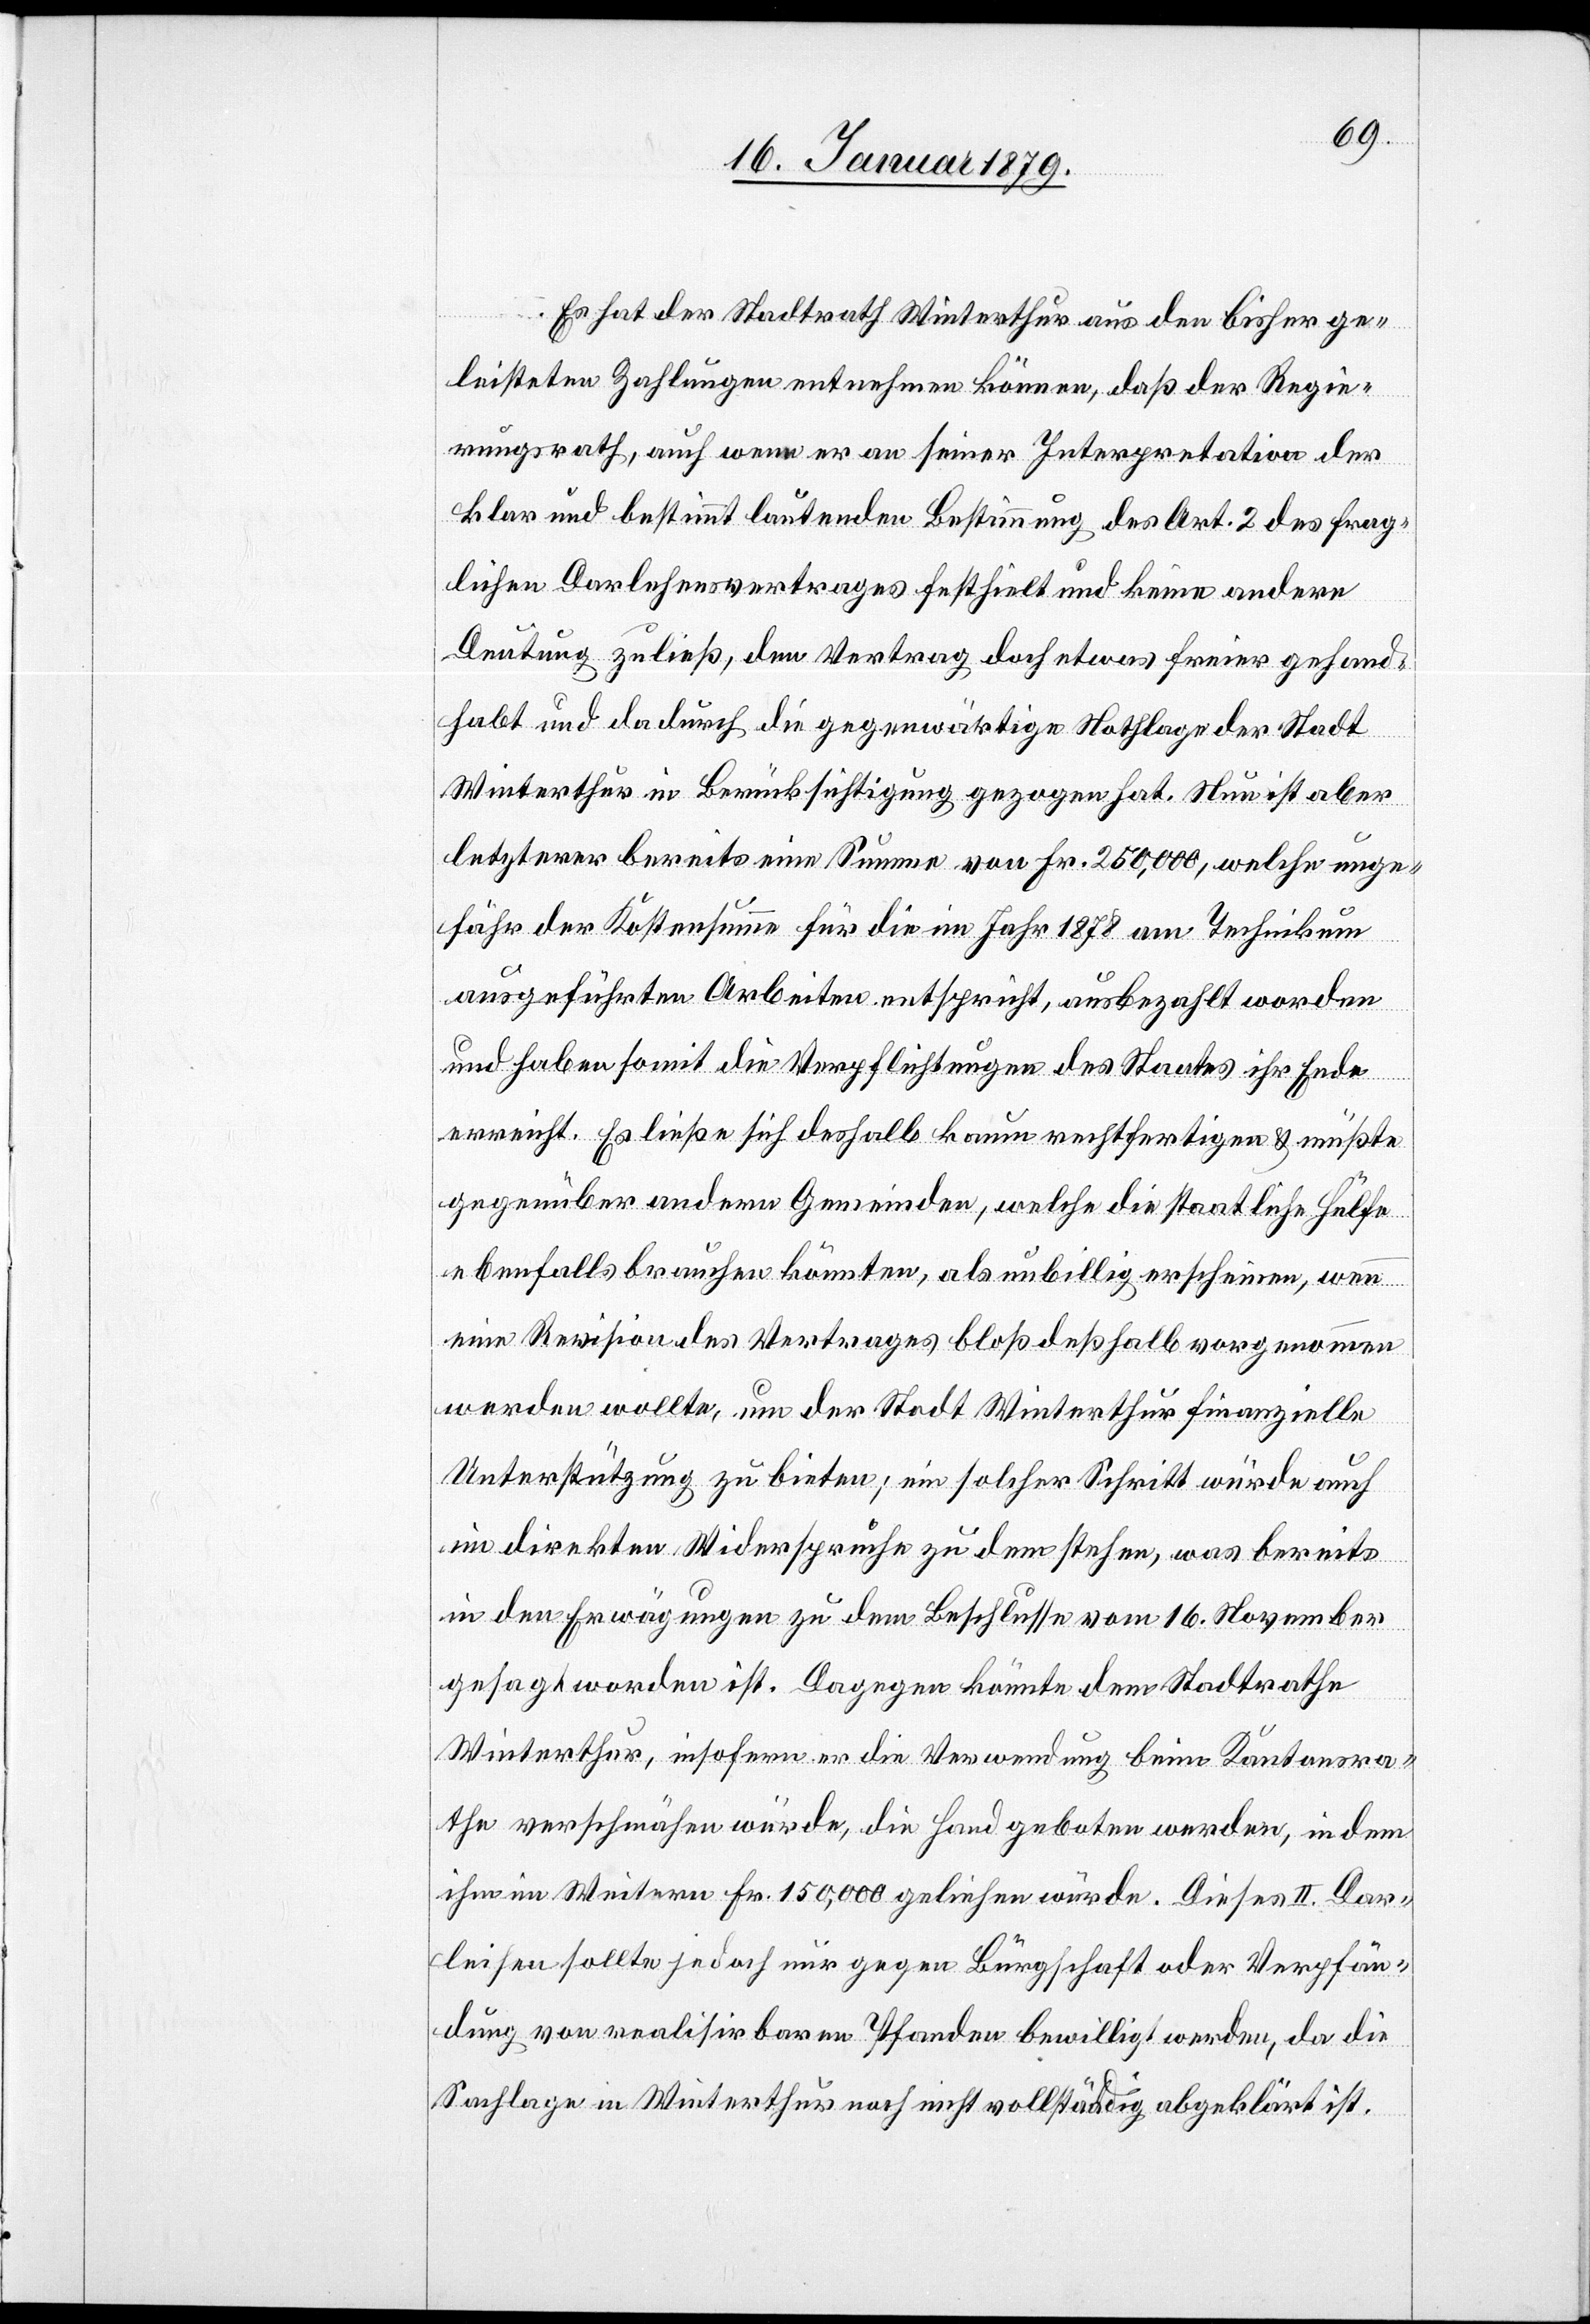
Es hat der Stadtrath Winterthur aus den bisher ge¬
leisteten Zahlungen entnehmen können, daß der Regie¬
rungsrath, auch wenn er an seiner Interpretation der
klar und bestimmt lautenden Bestimmung des Art. 2 des frag¬
lichen Darlehensvertrages festhielt und keine andere
Deutung zuließ, den Vertrag doch etwes freier gehand¬
habt und dadurch die gegenwärtige Nothlage der Stadt
Winterthur in Berücksichtigung gezogen hat. Nun ist aber
letzterer bereits eine Summe von Fr. 250,000, welche unge¬
fähr der Kostensumme für die im Jahr 1878 am Technikum
ausgeführten Arbeiten entspricht, ausbezahlt worden
und haben somit die Verpflichtungen des Staates ihr Ende
erreicht. Es ließe sich deshalb kaum rechtfertigen & müßte
gegenüber andern Gemeinden, welche die staatliche Hülfe
ebenfalls brauchen könnten, als unbillig erscheinen, wenn
eine Revision des Vertrages bloß deßhalb vorgenommen
werden wollte, um der Stadt Winterthur finanzielle
Unterstützung zu bieten; ein solcher Schritt würde auch
im direkten Widerspruche zu dem stehen, was bereits
in den Erwägungen zu dem Beschlusse vom 16. November
gesagt worden ist. Dagegen könnte dem Stadtrathe
Winterthur, insofern er die Verwendung beim Kantonsra¬
the verschmähen würde, die Hand geboten werden, indem
ihm im Weitern Fr. 150,000 geliehen würde. Dieses II. Dar¬
leihen sollte jedoch nur gegen Bürgschaft oder Verpfän¬
dung von realisirbaren Pfanden bewilligt werden, da die
Sachlage in Winterthur noch nicht vollständig abgeklärt ist.